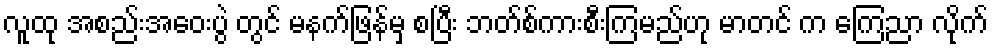
လူထု အစည်းအေဝးပွဲ တွင် မနက်ဖြန်မှ စပြီး ဘတ်စ်ကားစီးကြမည်ဟု မာတင် က ကြေညာ လိုက်